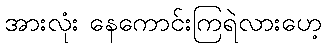
အားလုံး နေကောင်းကြရဲလားဟေ့